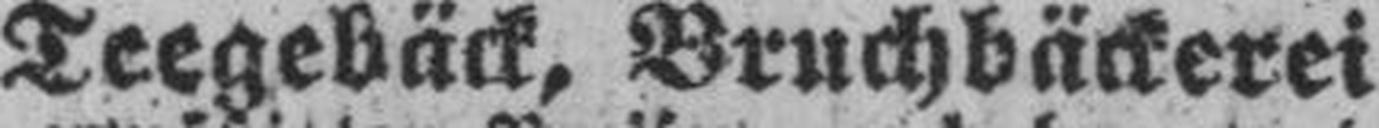
Teegebäck, Bruchbäckerei